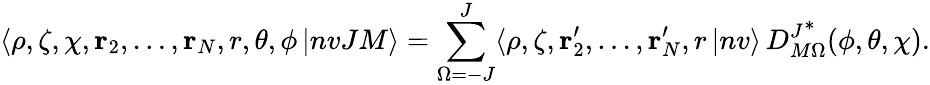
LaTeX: \langle\rho,\zeta,\chi,\mathbf{r}_{2},\dots,\mathbf{r}_{N},r,\theta,\phi\, |nvJM\rangle=\sum_{\Omega=-J}^{J}\langle\rho,\zeta,\mathbf{r}_{2}^{\prime},\dots,\mathbf{r}_{N}^{\prime},r\, |nv\rangle\, D_{M\Omega}^{J^{\scriptstyle*}}(\phi,\theta,\chi).